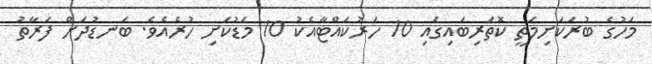
މަހުގެ ބުރަކަށިމަތީ ކޮތަރިބައިގައި 10 ހަރުކައްޓާއެކު 10 މަޑުކަށި ހުރެއެވެ. ބަނޑުދަށް ފަރާތު